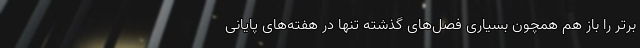
برتر را باز هم همچون بسیاری فصل‌های گذشته تنها در هفته‌های پایانی